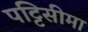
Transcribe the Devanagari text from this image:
पट्टिसीमा